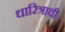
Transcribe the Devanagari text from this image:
धारित्राची